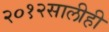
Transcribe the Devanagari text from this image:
२०१२सालीही